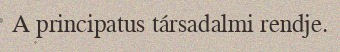
A principatus társadalmi rendje.